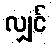
လျှင်